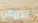
أمريكي